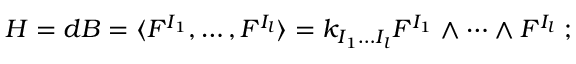
H = d B = \langle F ^ { I _ { 1 } } , \dots , F ^ { I _ { l } } \rangle = k _ { I _ { 1 } \dots I _ { l } } F ^ { I _ { 1 } } \wedge \dots \wedge F ^ { I _ { l } } \; ;